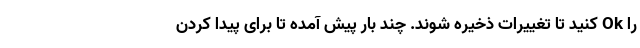
را Ok کنید تا تغییرات ذخیره شوند. چند بار پیش آمده تا برای پیدا کردن